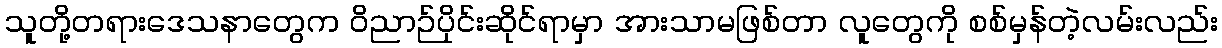
သူတို့တရားဒေသနာတွေက ဝိညာဉ်ပိုင်းဆိုင်ရာမှာ အားသာမဖြစ်တာ လူတွေကို စစ်မှန်တဲ့လမ်းလည်း